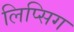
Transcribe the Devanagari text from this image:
लिप्सिग